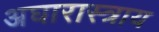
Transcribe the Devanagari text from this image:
अघारास्त्राय